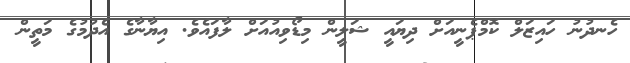
ހެނދުނު ހައިޒަލް ކޮމްޕެނީއަށް ދިޔައީ ޝަލީން މިޑޯވިއުއަށް ލާފައެވެ. އިޔާނާގެ އެދުމުގެ މަތީން